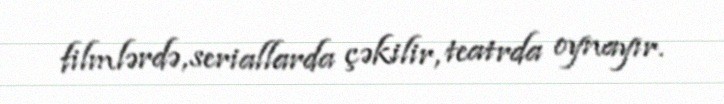
filmlərdə, seriallarda çəkilir, teatrda oynayır.